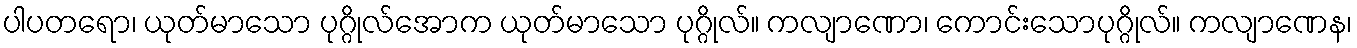
ပါပတရော၊ ယုတ်မာသော ပုဂ္ဂိုလ်အောက ယုတ်မာသော ပုဂ္ဂိုလ်။ ကလျာဏော၊ ကောင်းသောပုဂ္ဂိုလ်။ ကလျာဏေန၊